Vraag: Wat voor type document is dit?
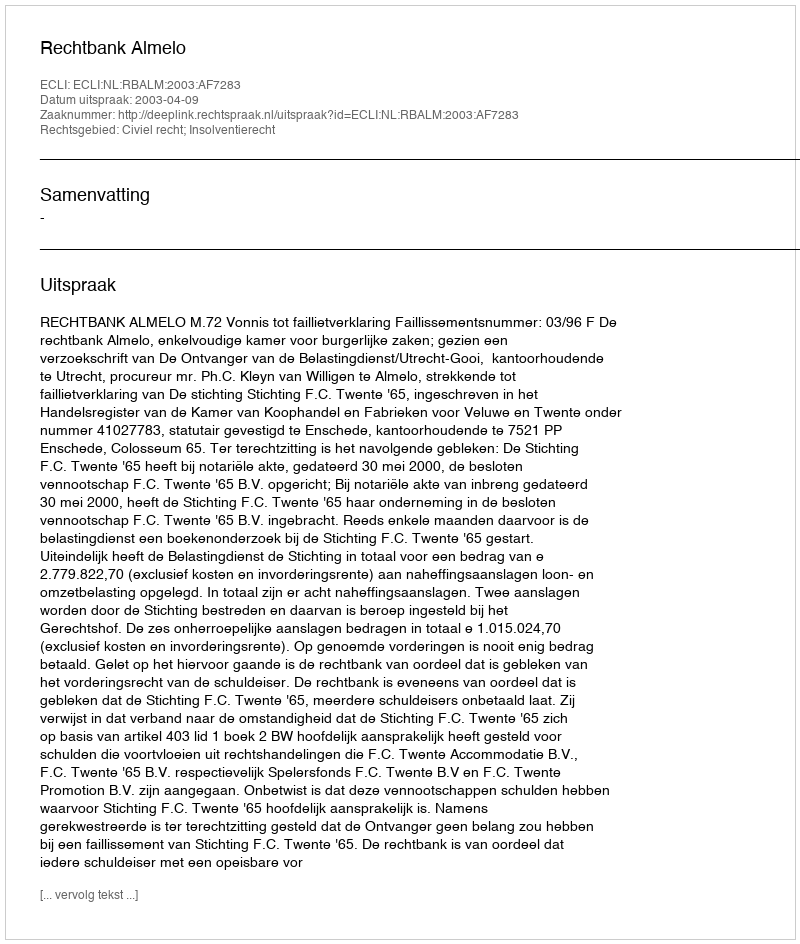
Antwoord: Uitspraak